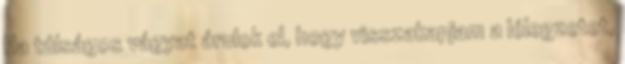
Ha túlságos vágyat árulok el, hogy visszakapjam a lélegzetet,